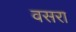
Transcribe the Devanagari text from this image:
वसरा